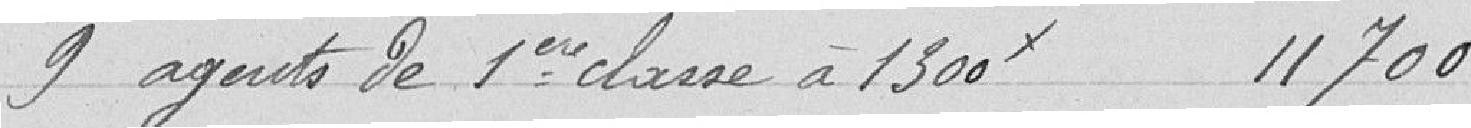
9 agents de première classe à 1300 11700